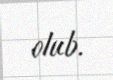
olub.